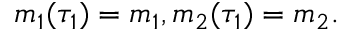
m _ { 1 } ( \tau _ { 1 } ) = m _ { 1 } , m _ { 2 } ( \tau _ { 1 } ) = m _ { 2 } .